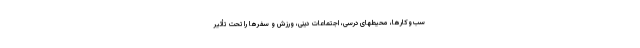
سب‌وکارها، محیطهای درسی، اجتماعات دینی، ورزش و سفرها را تحت تأثیر